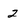
Character: 2